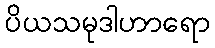
ပိယသမုဒါဟာရော